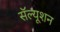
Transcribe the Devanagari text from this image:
सॅल्यूशन